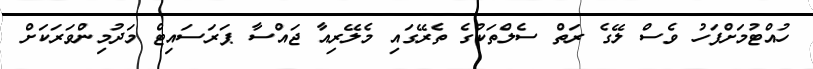
ހުއްޓުމަށްފަހު ވެސް ލޭގެ ރަތް ސެލްތަކުގެ ތެރޭގައި މެލޭރިއާ ޖައްސާ ޕަރަސައިޓް މަދުމިންވަރަކަށް